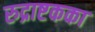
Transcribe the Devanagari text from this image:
रुद्राष्टकका